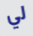
لي